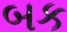
બક